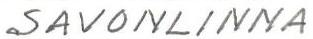
SAVONLINNA